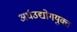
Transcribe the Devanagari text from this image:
अर्धउद्योगयुक्त